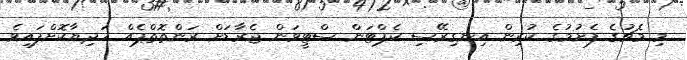
މި މެޗުގެ ފެށުމުގެ ކުރިން އިނގިރޭސި ކެޕްޓަން ސްޓީވަން ޖެރާޑަށް ރަންތޮތްޕެއް ހަދިޔާކޮށްފައިވެ